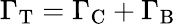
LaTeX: \Gamma_{\mathrm{T}}=\Gamma_{\mathrm{C}}+\Gamma_{\mathrm{B}}